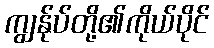
ကျွန်ုပ်တို့၏ကိုယ်ပိုင်